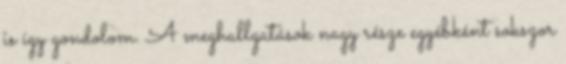
is így gondolom. A meghallgatások nagy része egyébként sokszor